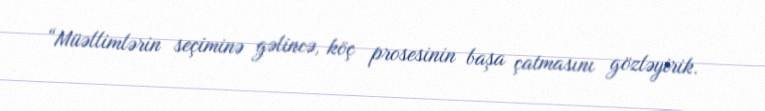
“Müəllimlərin seçiminə gəlincə, köç prosesinin başa çatmasını gözləyirik.